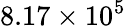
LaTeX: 8.17\times 10^{5}